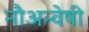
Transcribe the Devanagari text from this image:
नौअन्वेषी